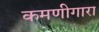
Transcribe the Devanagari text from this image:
कमणीगारा